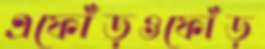
এফোঁড়ওফোঁড়